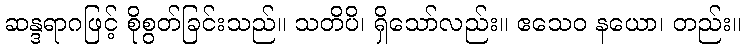
ဆန္ဒရာဂဖြင့် စိုစွတ်ခြင်းသည်။ သတိပိ၊ ရှိသော်လည်း။ ဧသေဝ နယော၊ တည်း။